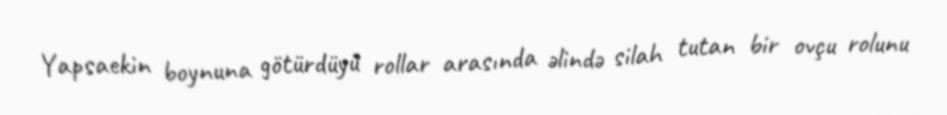
Yapsaekin boynuna götürdüyü rollar arasında əlində silah tutan bir ovçu rolunu